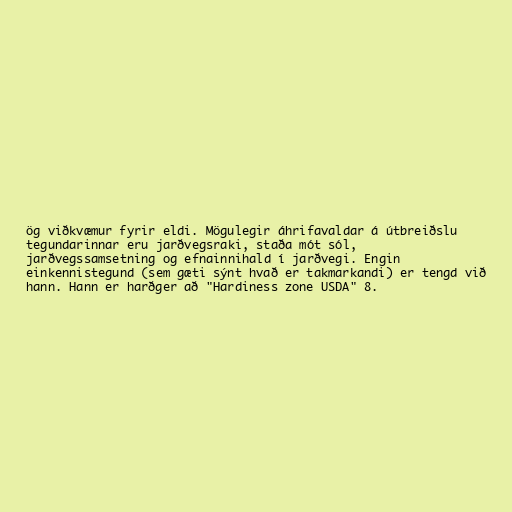
ög viðkvæmur fyrir eldi. Mögulegir áhrifavaldar á útbreiðslu
tegundarinnar eru jarðvegsraki, staða mót sól,
jarðvegssamsetning og efnainnihald í jarðvegi. Engin
einkennistegund (sem gæti sýnt hvað er takmarkandi) er tengd við
hann. Hann er harðger að "Hardiness zone USDA" 8.